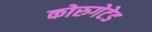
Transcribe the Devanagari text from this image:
कोरुगेटेड